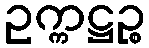
ဥက္ကဋ္ဌဉ္စ